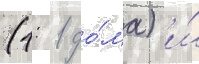
(1: 1 до́ма) и́